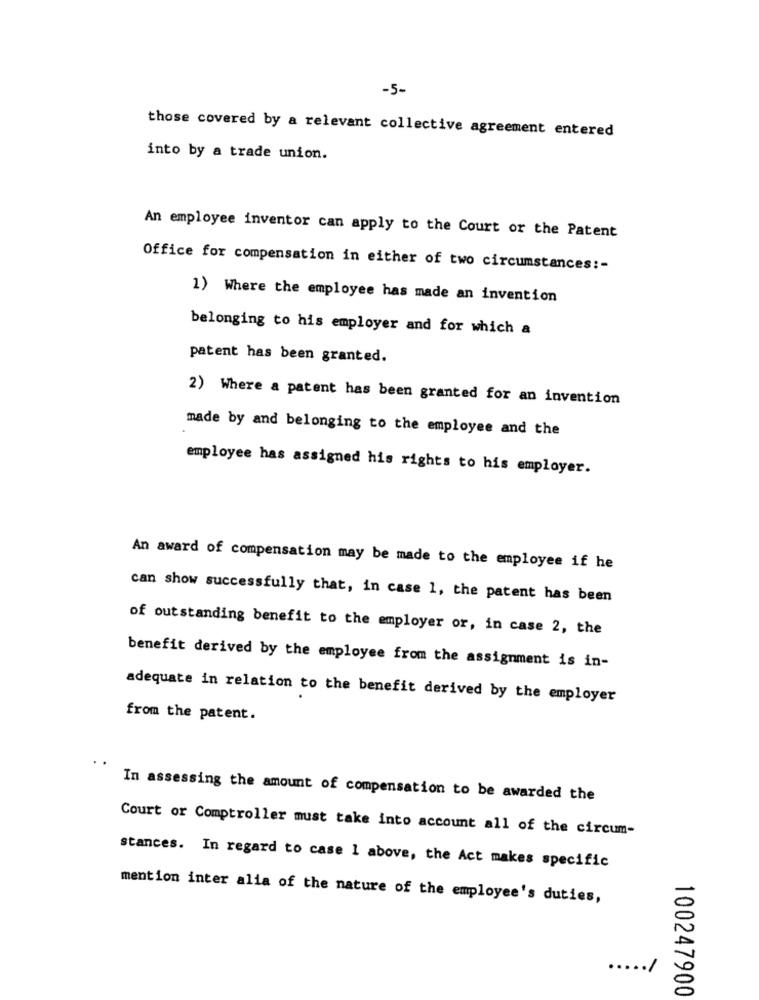
-5-
those covered by a relevant collective agreement entered
into by a trade union.
An employee inventor can apply to the Court or the Patent
Office for compensation in either of two circumstances :-
1) Where the employee has made an invention
belonging to his employer and for which a
patent has been granted.
2) Where a patent has been granted for an invention
made by and belonging to the employee and the
employee has assigned his rights to his employer.
An award of compensation may be made to the employee if he
can show successfully that, in case 1, the patent has been
of outstanding benefit to the employer or, in case 2, the
benefit derived by the employee from the assignment is in-
adequate in relation to the benefit derived by the employer
from the patent.
In assessing the amount of compensation to be awarded the
Court or Comptroller must take into account all of the circum-
stances. In regard to case 1 above, the Act makes specific
mention inter alia of the nature of the employee's duties,
..... /
100247900